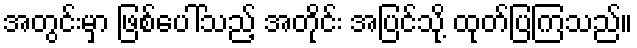
အတွင်းမှာ ဖြစ်ပေါ်သည့် အတိုင်း အပြင်သို့ ထုတ်ပြကြသည်။